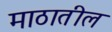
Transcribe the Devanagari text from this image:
माठातील